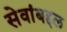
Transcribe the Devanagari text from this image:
सेवांबद्दल